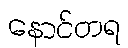
နောင်တရ